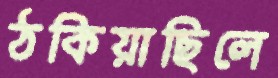
ঠকিয়াছিলে